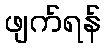
ဖျက်ရန်